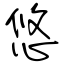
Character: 悠